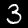
Label: 3